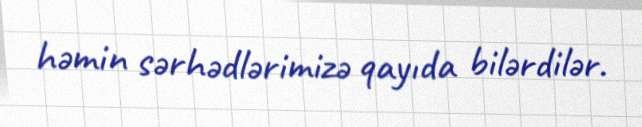
həmin sərhədlərimizə qayıda bilərdilər.